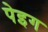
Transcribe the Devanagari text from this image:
पेइग